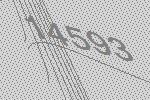
14593